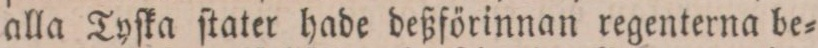
alla Tyſka ſtater hade deßförinnan regenterna be=